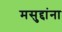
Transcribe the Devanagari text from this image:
मसुद्दांना